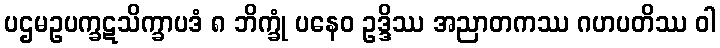
ပဌမဥပက္ခဋသိက္ခာပဒံ ၈ ဘိက္ခုံ ပနေဝ ဥဒ္ဒိဿ အညာတကဿ ဂဟပတိဿ ဝါ